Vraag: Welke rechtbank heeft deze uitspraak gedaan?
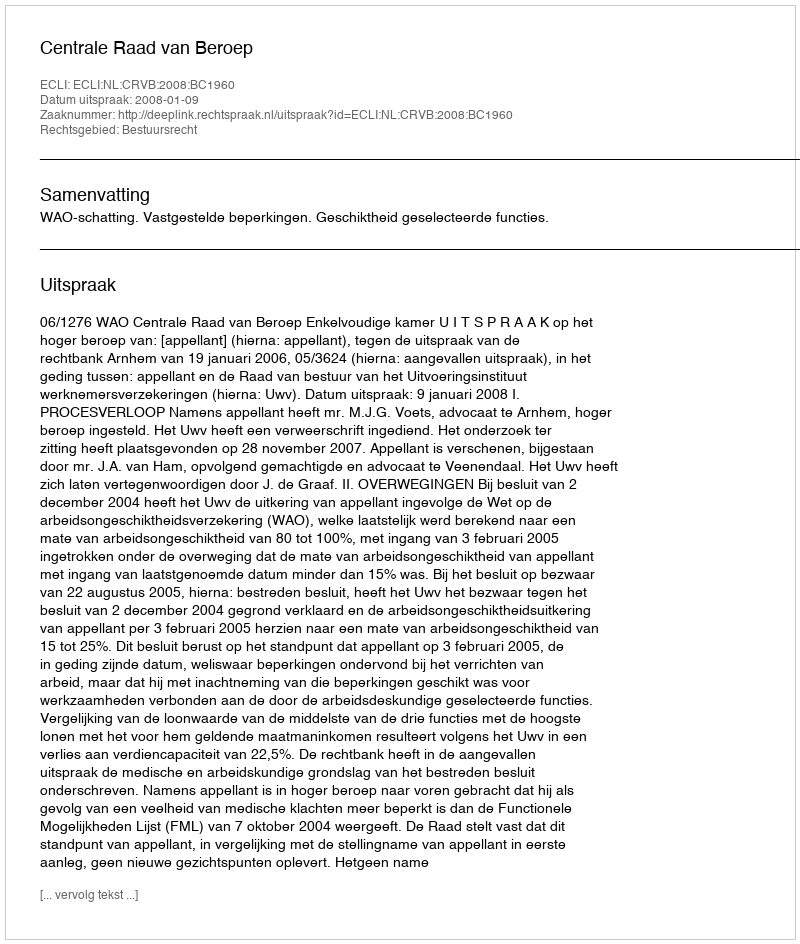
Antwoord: Centrale Raad van Beroep